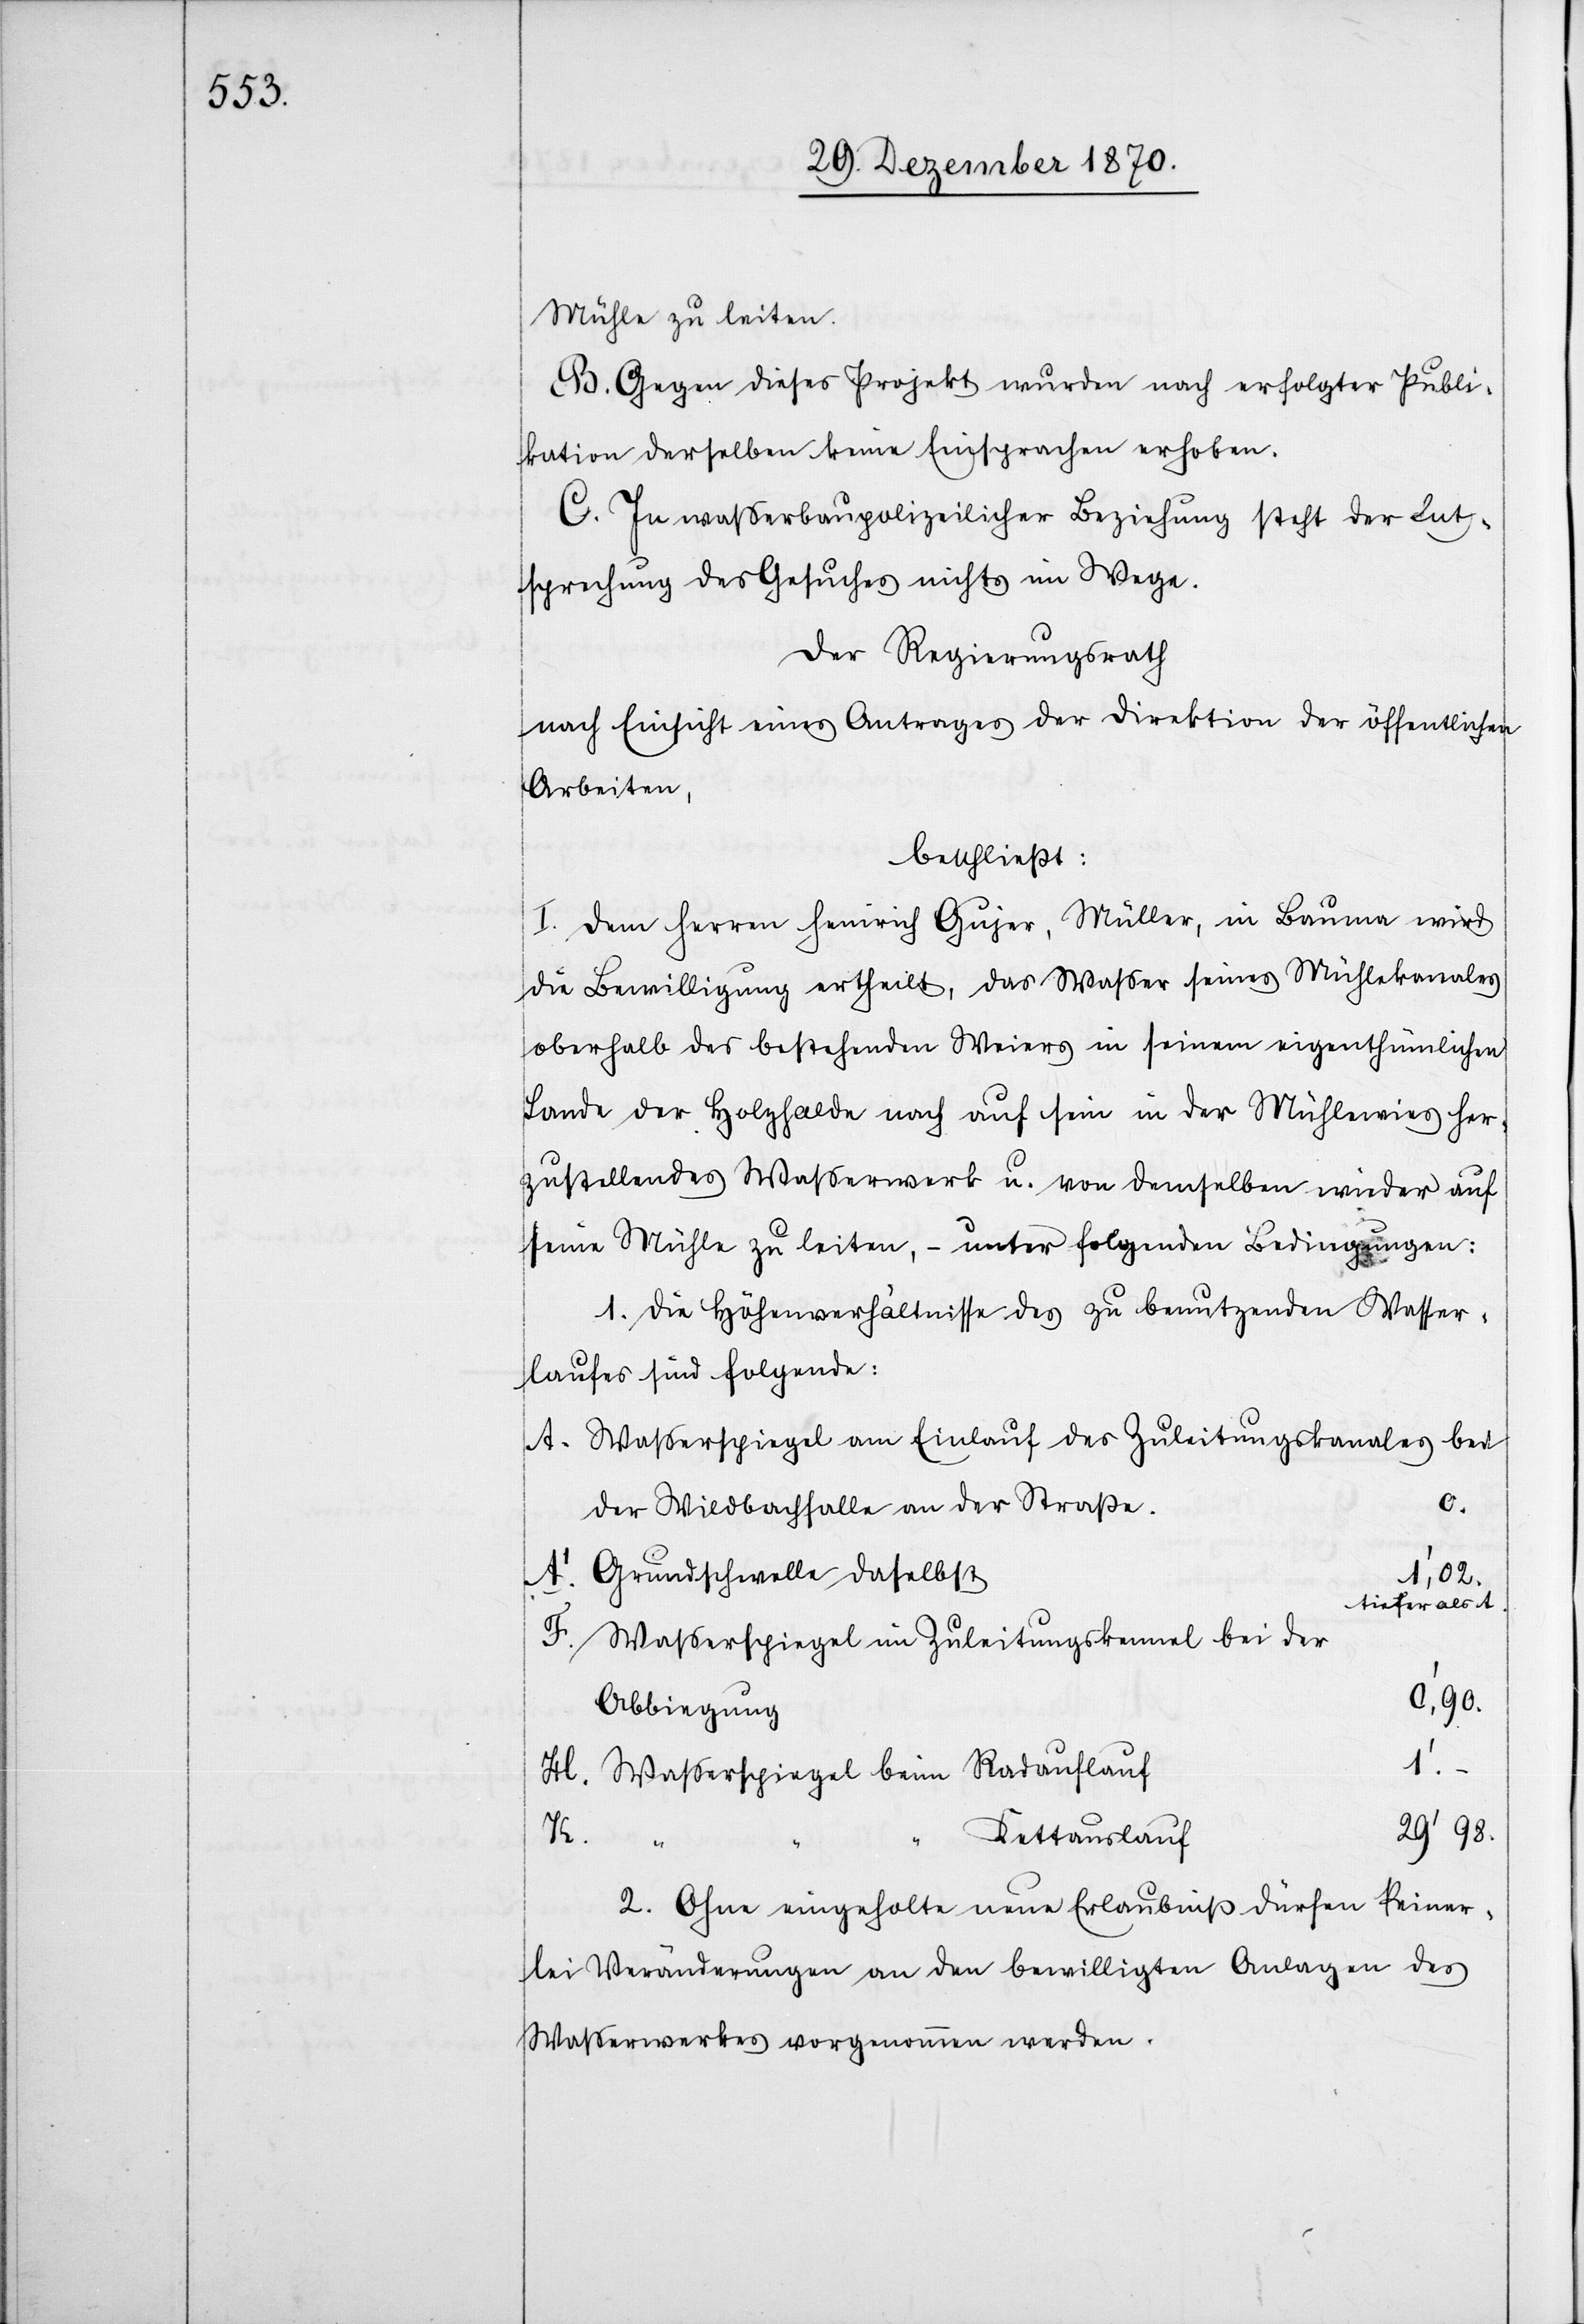
Mühle zu leiten.
B. Gegen dieses Projekt wurden nach erfolgter Publi¬
kation derselben keine Einsprachen erhoben.
C. In waßerbaupolizeilicher Beziehung steht der Ent¬
sprechung des Gesuches nichts im Wege.
Der Regierungsrath
nach Einsicht eines Antrages der Direktion der öffentlichen
Arbeiten,
beschließt:
I. Dem Herren Heinrich Gujer, Müller, in Bauma wird
die Bewilligung ertheilt, das Waßer seines Mühlekanales
oberhalb des bestehenden Weiers in seinem eigenthümlichen
Lande der Holzhalde nach auf sein in der Mühlewies her¬
zustellendes Waßerwerk u. von demselben wieder auf
seine Mühle zu leiten, – unter folgenden Bedingungen:
1. Die Höhenverhältnisse des zu benutzenden Wasser¬
laufes sind folgende:
A. Waßerspiegel am Einlauf des Zuleitungskanales bei
0.
der Wildbachfalle an der Straße.
A’. Grundschwelle daselbst
1’,02.
tiefer als A.
F.
Waßerspiegel im Zuleitungskanal bei der
0’,90.
Abbiegung
H. Waßerspiegel beim Radauflauf
K.
29’98.
Kettauslauf
2. Ohne eingeholte neue Erlaubniß dürfen keiner¬
lei Veränderungen an den bewilligten Anlagen des
Wasserwerkes vorgenommen werden.